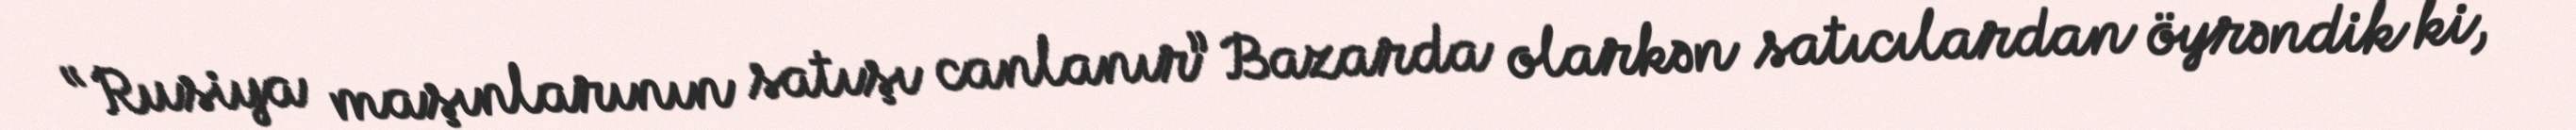
“Rusiya maşınlarının satışı canlanır” Bazarda olarkən satıcılardan öyrəndik ki,